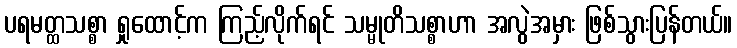
ပရမတ္ထသစ္စာ ရှုထောင့်က ကြည့်လိုက်ရင် သမ္မုတိသစ္စာဟာ အလွဲအမှား ဖြစ်သွားပြန်တယ်။